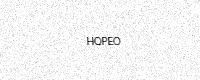
Text: HQPEO